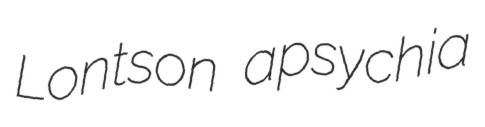
Lontson apsychia